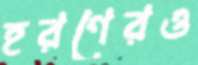
হরণেরও